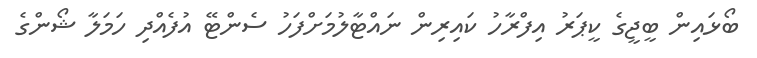
ބޯޅައިން ބީޖީގެ ކީޕަރު އިފްރާހު ކައިރިން ނައްޓާލުމަށްފަހު ސެންޓޭ އުފެއްދި ހަމަލާ ޝޯންގެ